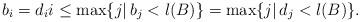
LaTeX: \begin{align*} b_i=d_i i\leq \max\{j|\, b_j<l(B)\} = \max\{j|\,d_j<l(B)\}. \end{align*}